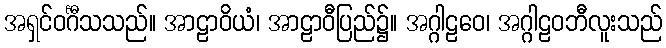
အရှင်ဝင်္ဂီသသည်။ အာဠာဝိယံ၊ အာဠာဝီပြည်၌။ အဂ္ဂါဠဝေ၊ အဂ္ဂါဠဝဘီလူးသည်